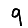
Digit: 9